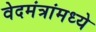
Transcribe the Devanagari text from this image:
वेदमंत्रांमध्ये